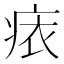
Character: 𧙜